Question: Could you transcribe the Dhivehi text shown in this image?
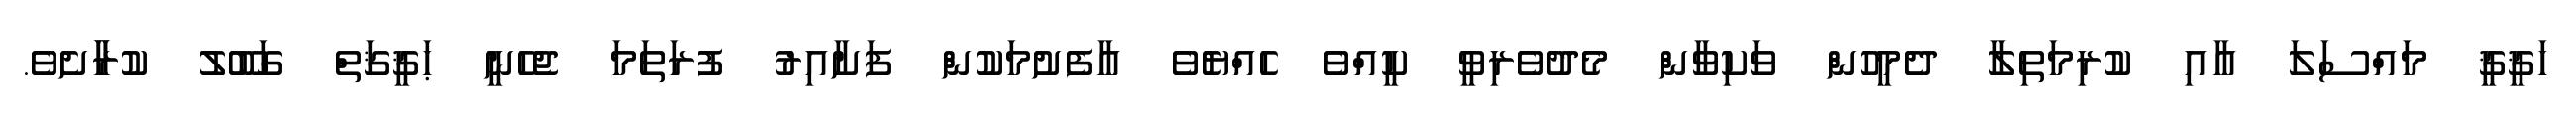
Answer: ހަޤީޤީ މައްސަލަ އާއި ކުރިމަތިލާ ދެމީހުން ވަކިވާން މެދުވެރިވީ ކީއްވެ ހެއްޔެވެ އާފެށުމަކުން ފަށާއިރު ފުރަތަމަ ޖެހެނީ ޙަޤީޤަތް ގަބޫލު ކުރާާށެވެ.